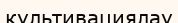
культивациялау